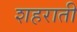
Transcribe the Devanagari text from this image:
शहराती